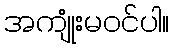
အကျုံးမဝင်ပါ။